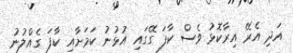
އަދި އެރޭ އިރާކޮޅު ވެސް ކާފަ ގޭގައި އުޅުނު ކަމަށާއި ކާފަ ގެއްލުނު